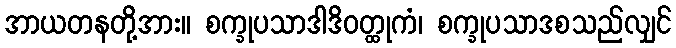
အာယတနတို့အား။ စက္ခုပသာဒါဒိဝတ္ထုကံ၊ စက္ခုပသာဒစသည်လျှင်